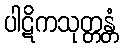
ပါဋိကသုတ္တန္တံ